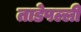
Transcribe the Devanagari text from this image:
ताडेपल्ली